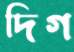
দিগ